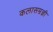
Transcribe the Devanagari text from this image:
कलासम्रज्ञी